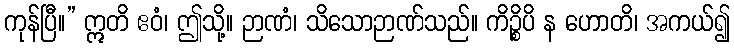
ကုန်ပြီ။” ဣတိ ဧဝံ၊ ဤသို့။ ဉာဏံ၊ သိသောဉာဏ်သည်။ ကိဉ္စိပိ န ဟောတိ၊ အကယ်၍